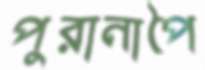
পুরানাপৈ